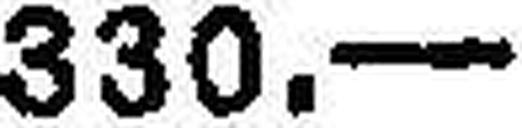
330.—